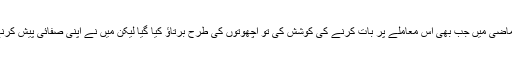
تفصیلات کے مطابق سلیم ملک نے کہا کہ میں نے ماضی میں جب بھی اس معاملے پر بات کرنے کی کوشش کی تو اچھوتوں کی طرح برتاﺅ کیا گیا لیکن میں نے اپنی صفائی پیش کرنے کی ہمیشہ کوشش کی ہے اور آج پھر کر رہا ہوں۔